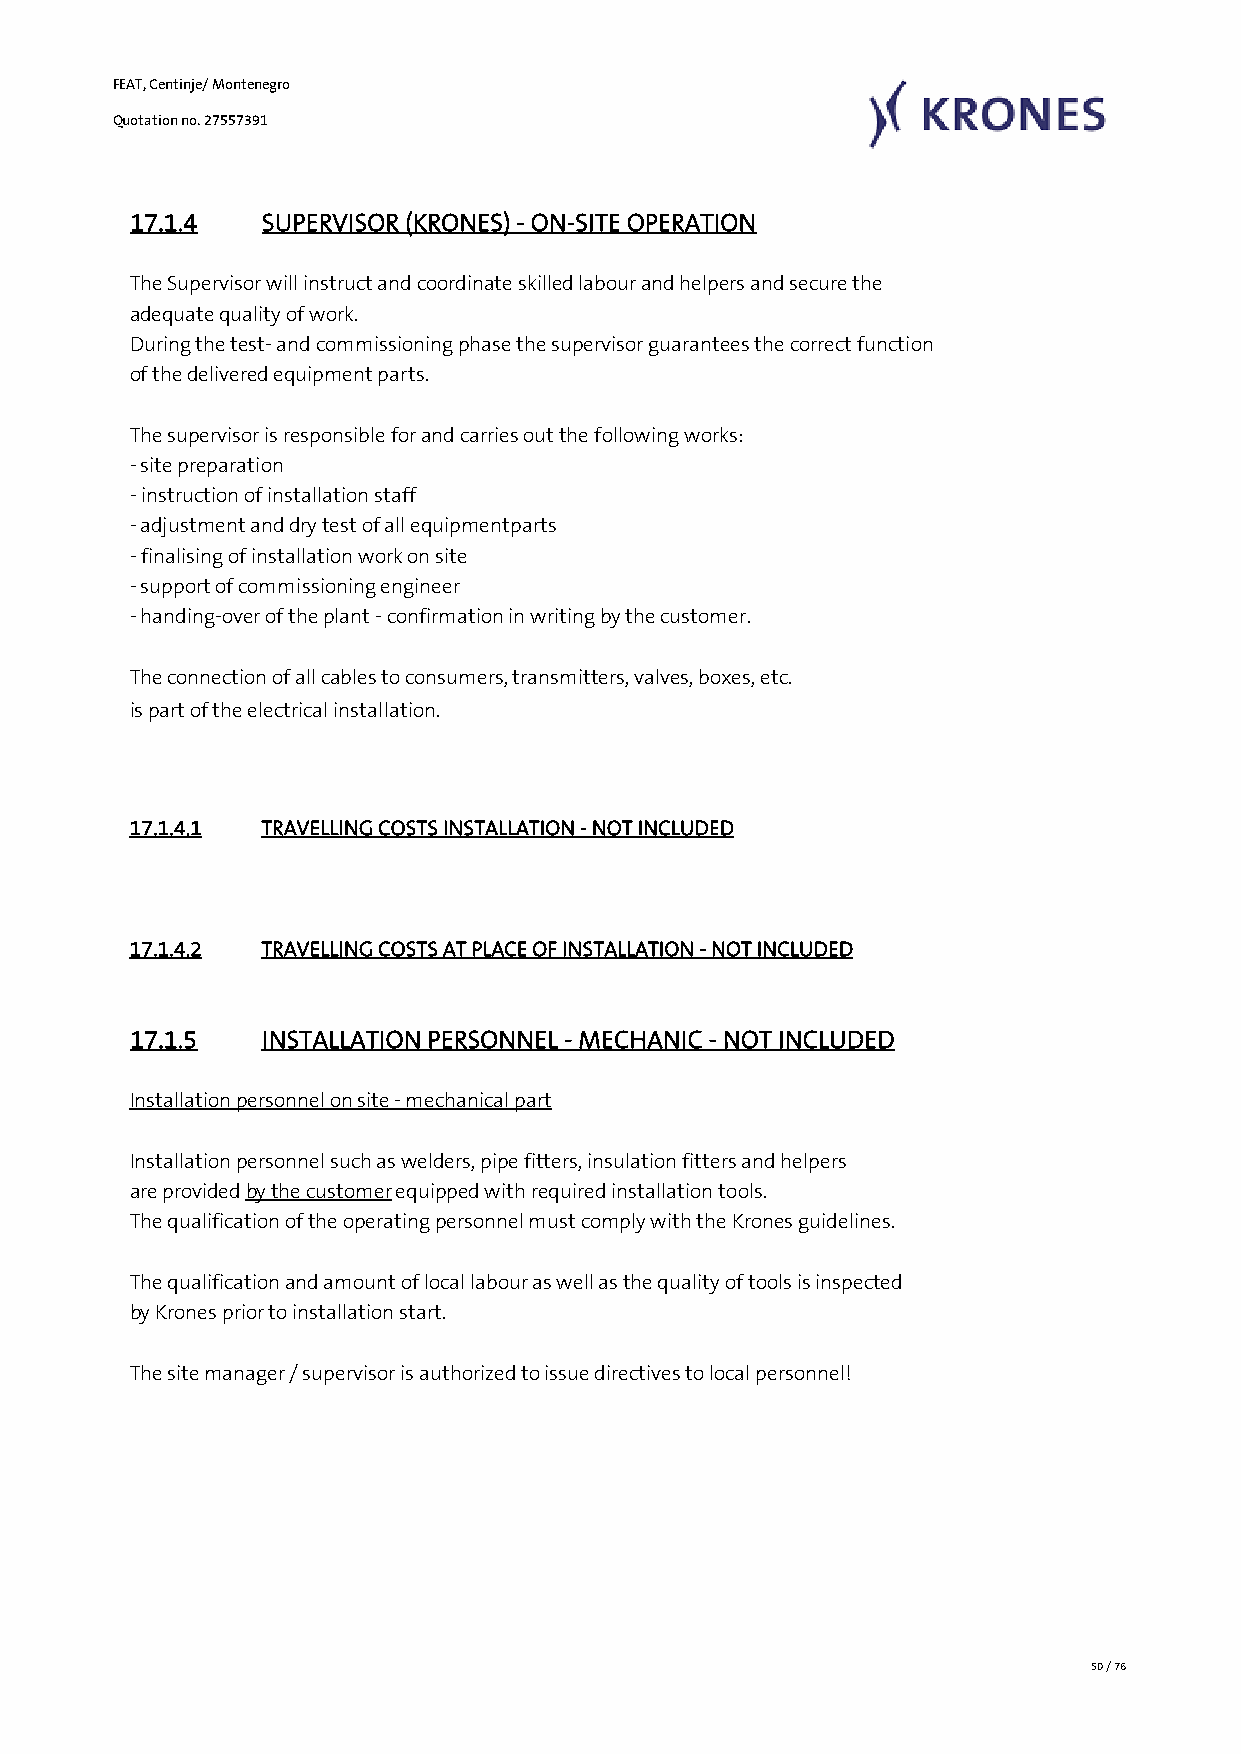
FEAT, Centinje/ Montenegro
 Quotation no. 27557391
 17.1.4   SUPERVISOR (KRONES) - ON-SITE OPERATION
 The Supervisor will instruct and coordinate skilled labour and helpers and secure the
 adequate quality of work.
 During the test- and commissioning phase the supervisor guarantees the correct function
 of the delivered equipment parts.
 The supervisor is responsible for and carries out the following works:
 - site preparation
 - instruction of installation staff
 - adjustment and dry test of all equipmentparts
 - finalising of installation work on site
 - support of commissioning engineer
 - handing-over of the plant - confirmation in writing by the customer.
 The connection of all cables to consumers, transmitters, valves, boxes, etc.
 is part of the electrical installation.
 17.1.4.1 TRAVELLING COSTS INSTALLATION - NOT INCLUDED
 17.1.4.2 TRAVELLING COSTS AT PLACE OF INSTALLATION - NOT INCLUDED
 17.1.5   INSTALLATION PERSONNEL - MECHANIC - NOT INCLUDED
 Installation personnel on site - mechanical part
 Installation personnel such as welders, pipe fitters, insulation fitters and helpers
 are provided by the customer equipped with required installation tools.
 The qualification of the operating personnel must comply with the Krones guidelines.
 The qualification and amount of local labour as well as the quality of tools is inspected
 by Krones prior to installation start.
 The site manager / supervisor is authorized to issue directives to local personnel!
 50 / 76